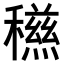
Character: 𥣏